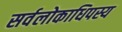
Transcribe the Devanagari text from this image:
सर्वलोकाधिपस्य